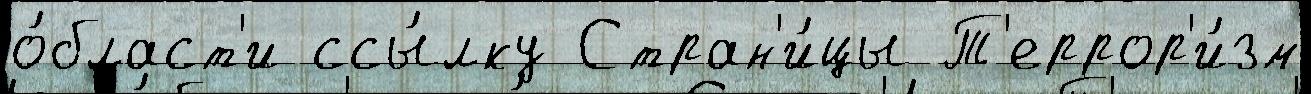
о́бласт'и ссы́лку Стран'и́цы Т'еррор'и́зм